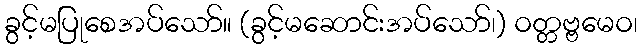
ခွင့်မပြုစေအပ်သော်။ (ခွင့်မဆောင်းအပ်သော်၊) ဝတ္တဗ္ဗမေဝ၊